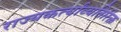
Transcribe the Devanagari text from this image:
राज्यकर्त्यांव्यतिरिक्त